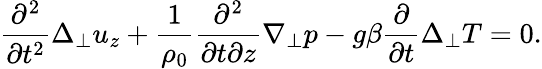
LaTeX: \frac{\partial^{2}}{\partial t^{2}}\Delta_{\perp}u_{z}+\frac{1}{\rho_{0}}\frac{\partial^{2}}{\partial t\partial z}\nabla_{\perp}p-g\beta\frac{\partial}{\partial t}\Delta_{\perp}T=0.